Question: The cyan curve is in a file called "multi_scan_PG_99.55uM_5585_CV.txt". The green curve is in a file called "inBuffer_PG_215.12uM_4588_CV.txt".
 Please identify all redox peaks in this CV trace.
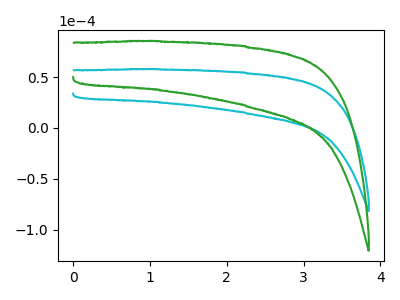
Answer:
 <answer>The cyan curve "PG 99.55uM" has no peaks. The green curve "PG 215.12uM" has no peaks.</answer>
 <eval></eval>